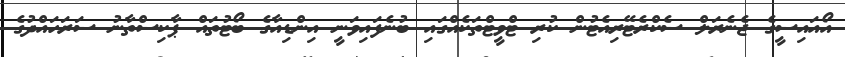
އޯއައިސީގެ ޖެނެރަލް ސެކްރެޓޭރިއެޓުން ކުރި ޓްވީޓްތަކެއްގައި ބުނެފައިވަނީ އިންޑިއާގެ ބޯޓުތައް ޕާކިސްތާނު ސަރަހައްދުގެ